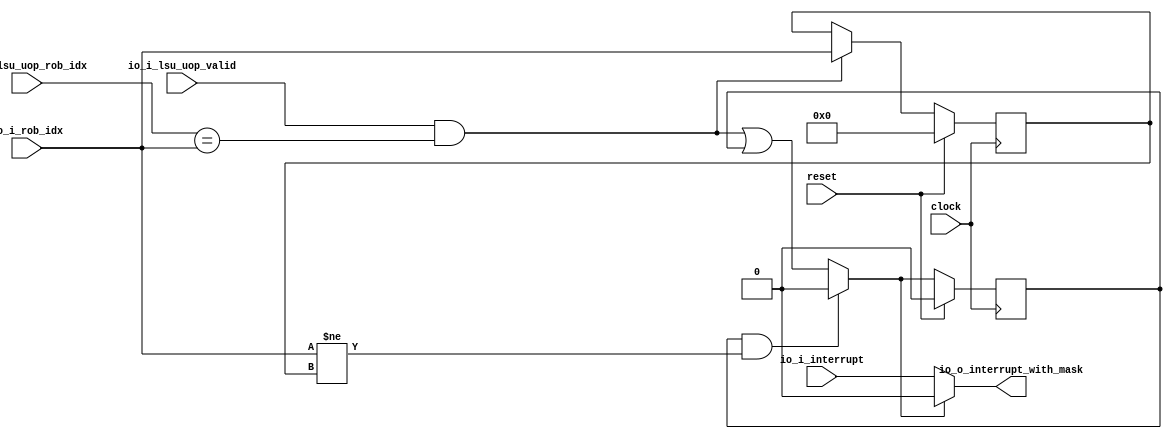
module Interrupt_Mask(
  input        clock,
  input        reset,
  input        io_i_lsu_uop_valid,
  input  [7:0] io_i_rob_idx,
  input  [7:0] io_i_lsu_uop_rob_idx,
  input        io_i_interrupt,
  output       io_o_interrupt_with_mask
);
`ifdef RANDOMIZE_REG_INIT
  reg [31:0] _RAND_0;
  reg [31:0] _RAND_1;
`endif // RANDOMIZE_REG_INIT
  reg  mask; // @[interrupt_mask.scala 24:23]
  reg [7:0] cmt_ptr; // @[interrupt_mask.scala 27:26]
  wire  _GEN_0 = io_i_lsu_uop_valid & io_i_lsu_uop_rob_idx == io_i_rob_idx | mask; // @[interrupt_mask.scala 28:15 29:68 30:19]
  wire  next_mask = mask & io_i_rob_idx != cmt_ptr ? 1'h0 : _GEN_0; // @[interrupt_mask.scala 33:52 34:19]
  assign io_o_interrupt_with_mask = next_mask ? 1'h0 : io_i_interrupt; // @[interrupt_mask.scala 36:36]
  always @(posedge clock) begin
    if (reset) begin // @[interrupt_mask.scala 24:23]
      mask <= 1'h0; // @[interrupt_mask.scala 24:23]
    end else if (mask & io_i_rob_idx != cmt_ptr) begin // @[interrupt_mask.scala 33:52]
      mask <= 1'h0; // @[interrupt_mask.scala 34:19]
    end else begin
      mask <= _GEN_0;
    end
    if (reset) begin // @[interrupt_mask.scala 27:26]
      cmt_ptr <= 8'h0; // @[interrupt_mask.scala 27:26]
    end else if (io_i_lsu_uop_valid & io_i_lsu_uop_rob_idx == io_i_rob_idx) begin // @[interrupt_mask.scala 29:68]
      cmt_ptr <= io_i_rob_idx; // @[interrupt_mask.scala 31:17]
    end
  end
// Register and memory initialization
`ifdef RANDOMIZE_GARBAGE_ASSIGN
`define RANDOMIZE
`endif
`ifdef RANDOMIZE_INVALID_ASSIGN
`define RANDOMIZE
`endif
`ifdef RANDOMIZE_REG_INIT
`define RANDOMIZE
`endif
`ifdef RANDOMIZE_MEM_INIT
`define RANDOMIZE
`endif
`ifndef RANDOM
`define RANDOM $random
`endif
`ifdef RANDOMIZE_MEM_INIT
  integer initvar;
`endif
`ifndef SYNTHESIS
`ifdef FIRRTL_BEFORE_INITIAL
`FIRRTL_BEFORE_INITIAL
`endif
initial begin
  `ifdef RANDOMIZE
    `ifdef INIT_RANDOM
      `INIT_RANDOM
    `endif
    `ifndef VERILATOR
      `ifdef RANDOMIZE_DELAY
        #`RANDOMIZE_DELAY begin end
      `else
        #0.002 begin end
      `endif
    `endif
`ifdef RANDOMIZE_REG_INIT
  _RAND_0 = {1{`RANDOM}};
  mask = _RAND_0[0:0];
  _RAND_1 = {1{`RANDOM}};
  cmt_ptr = _RAND_1[7:0];
`endif // RANDOMIZE_REG_INIT
  `endif // RANDOMIZE
end // initial
`ifdef FIRRTL_AFTER_INITIAL
`FIRRTL_AFTER_INITIAL
`endif
`endif // SYNTHESIS
endmodule